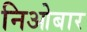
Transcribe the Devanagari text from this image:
निओबार